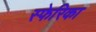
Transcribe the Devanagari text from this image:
स्फेरिका